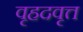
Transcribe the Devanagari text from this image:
वृहदवृत्त